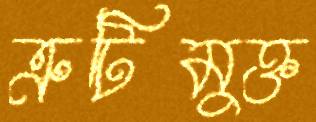
ত্রুটিমুক্ত